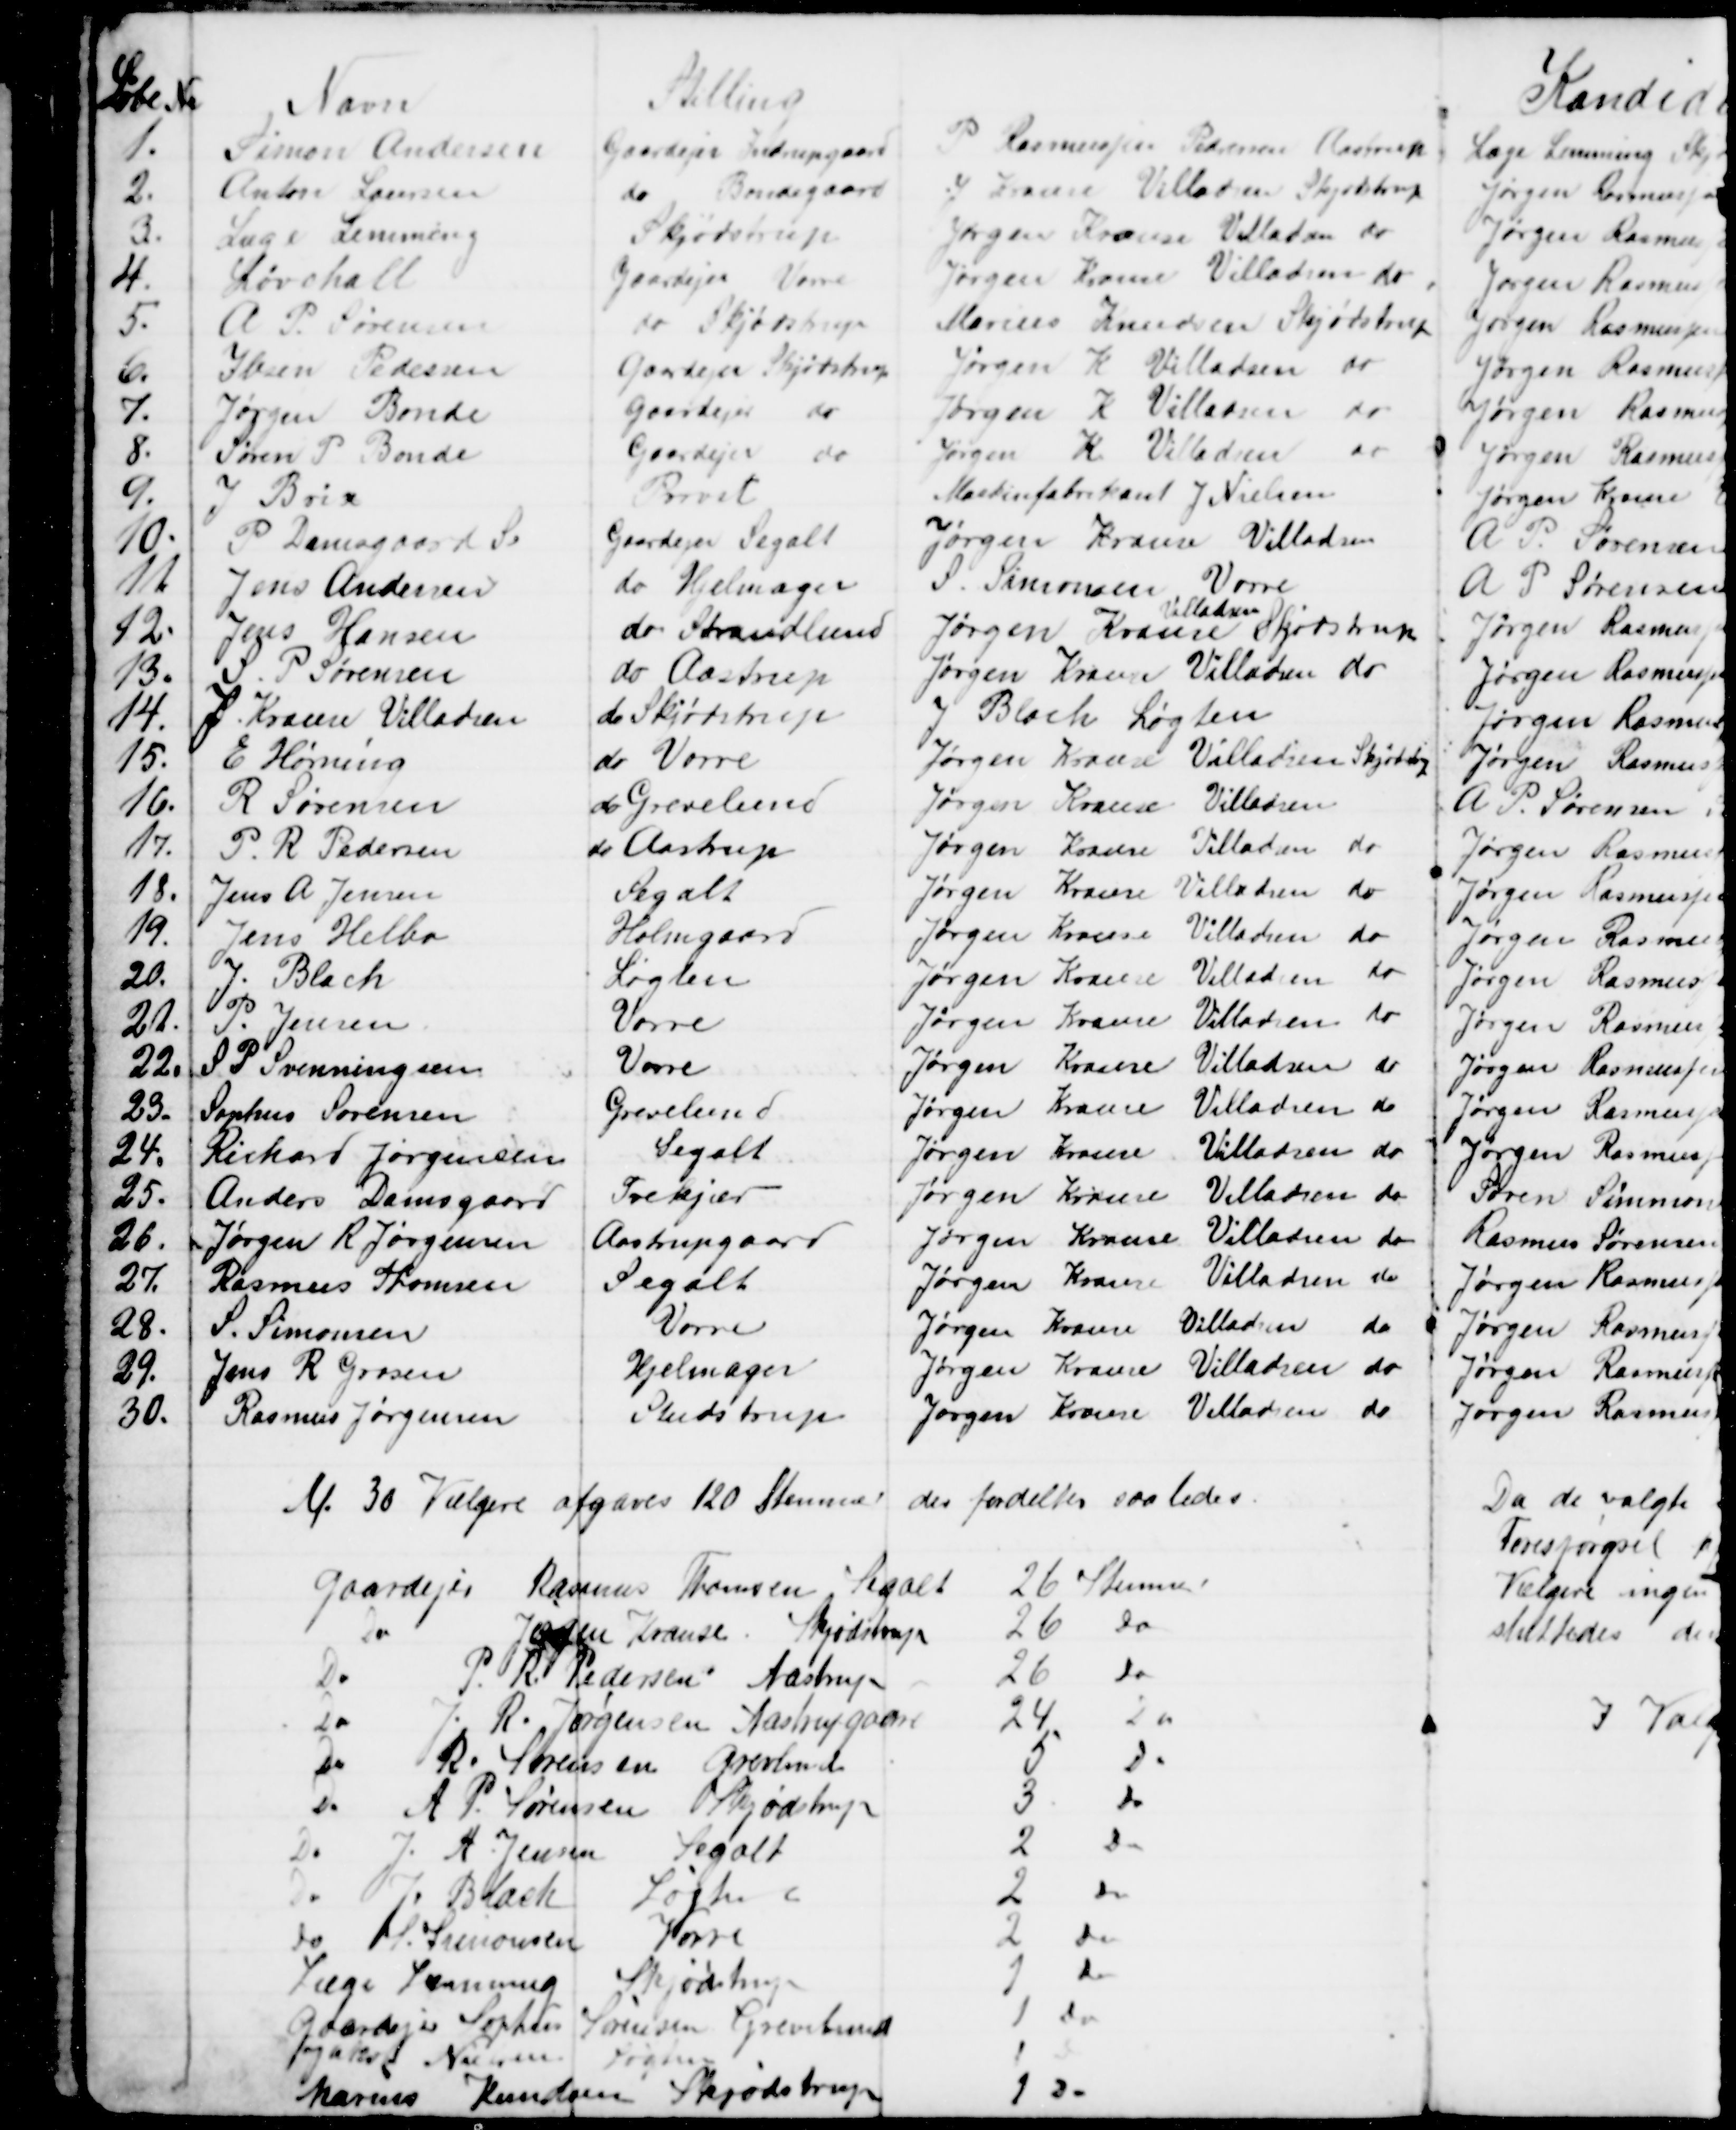
Transskription:
Liste No
Navn
Stilling
1.
Simon Andersen
Gaardejer Indrupgaard
P Rasmussen Pedersen Aastrup
2.
Anton Laursen
do Bondegaard
J Krause Villadsen Skjødstrup
3.
Læge Lemming
Skjødstrup
Jørgen Krause Villadsen do
4.
Løvschall
Gaardejer Vorre
Jørgen Krause Villadsen do
5.
A. P. Sørensen
do Skjødstrup
Marius Knudsen Skjødstrup
6.
Ibsen Pedersen
Gaardejer Skjødstrup
Jørgen K. Villadsen do
7.
Jørgen Bonde
Gaardejer do
Jørgen K. Villadsen do
8.
Søren P. Bonde
Gaardejer do
Jørgen K. Villadsen do
9.
J Brix
Provst
Maskinfabrikant J. Nielsen
10.
P Damsgaard S.
Gaardejer Segalt
Jørgen Krause Villadsen
11.
Jens Andersen
do Hjelmager
S. Simonsen Vorre
12.
Jens Hansen
do Strandlund
Jørgen Krause 
Villadsen
Skjødstrup
13.
S. P. Sørensen
do Aastrup
Jørgen Krause Villadsen do
14.
J. Krause Villadsen
do Skjødstrup
J Blach Løgten
15.
E Hørning
do Vorre
Jørgen Krause Villadsen Skjødstrup
16.
R Sørensen
do Grevelund
Jørgen Krause Villadsen
17.
P. R. Pedersen
do Aastrup
Jørgen Krause Villadsen do
18.
Jens A. Jensen
Segalt
Jørgen Krause Villadsen do
19.
Jens Helbo
Holmgaard
Jørgen Krause Villadsen do
20.
J. Blach
Løgten
Jørgen Krause Villadsen do
21.
P. Jensen
Vorre
Jørgen Krause Villadsen do
22.
S. P. Svenningsen
Vorre
Jørgen Krause Villadsen do
23.
Sophus Sørensen
Grevelund
Jørgen Krause Villadsen do
24.
Richard Jørgensen
Segalt
Jørgen Krause Villadsen do
25.
Anders Damsgaard
Trekjær
Jørgen Krause Villadsen do
26.
Jørgen R. Jørgensen
Aastrupgaard
Jørgen Krause Villadsen do
27.
Rasmus Thomsen
Segalt
Jørgen Krause Villadsen do
28.
S. Simonsen
Vorre
Jørgen Krause Villadsen do
29.
Jens R. Grosen
Hjelmager
Jørgen Krause Villadsen do
30.
Rasmus Jørgensen
Studstrup
Jørgen Krause Villadsen do
Af. 30 Vælgere afgaves 120 Stemmer der fordeltes saaledes
Gaardejer Rasmus Thomsen Segalt
26 Stemmer
Do
Jørgen Krause Skjødstrup
26 Do
Do
P. R. Pedersen Aastrup
26 Do
Do
J. R. Jørgensen Aastrupgaard
24 Do
Do R. Sørensen Grevelund
5 Do
Do A. P. Sørensen Skjødstrup
3 Do
Do J. A. Jensen Segalt
2 Do
Do J. Blach Løgten
2 Do
Do S. Simonsen Vorre
2 Do
Læge Lemming Skjødstrup
1 Do
Gaardejer Sophus Sørensen Grevelund
1 Do
Jakob Nielsen Løgten
1 Do
Marius Knudsen Skjødstrup
1 Do